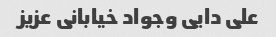
علی دایی وجواد خیابانی عزیز